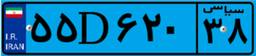
۹۰D۳۷۶۶۹